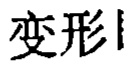
变形